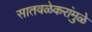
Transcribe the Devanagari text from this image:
सातवळेकरांमुळे